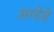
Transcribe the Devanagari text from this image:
आहेहे